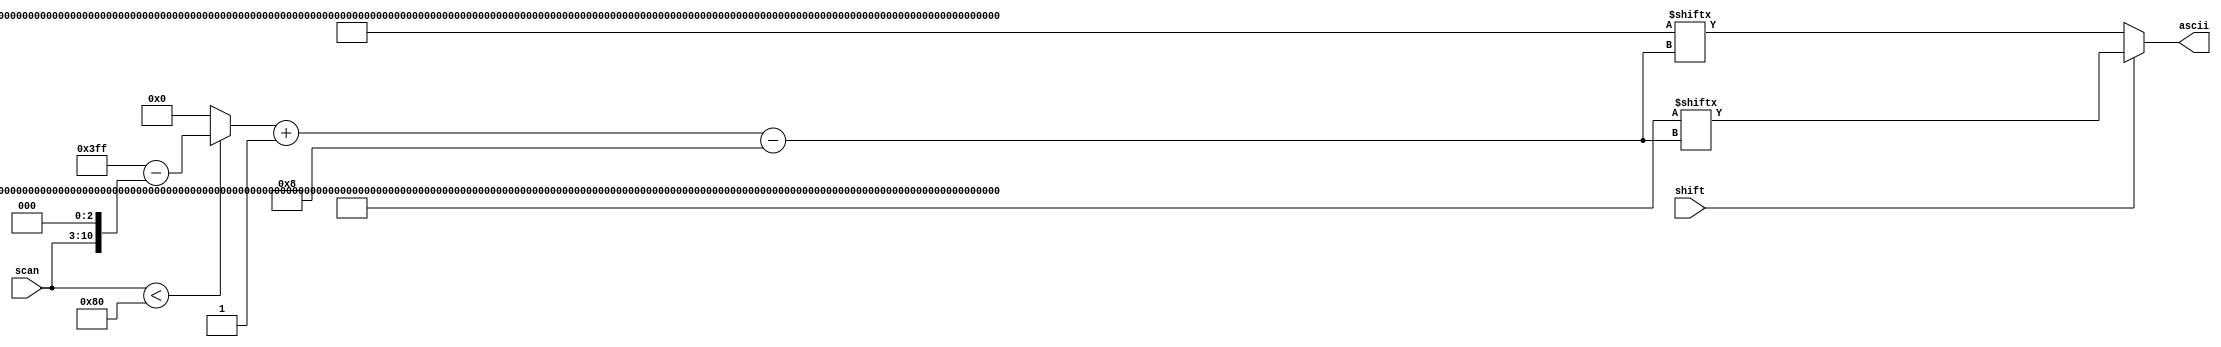
module scan2ascii (
	input wire [7:0] scan,
	input wire shift,
	output wire [7:0] ascii
);

wire [1024:0] sem_shift;
wire [1024:0] com_shift;

wire  [10:0] indice = scan < 8'h80 ? 11'd1023 - (scan << 3) : 11'b0;

assign ascii = shift ? com_shift[ indice -: 8 ] : sem_shift[ indice -: 8 ];


assign sem_shift = {
	8'h00, 8'h00, 8'h00, 8'h00, 8'h00, 8'h00, 8'h00, 8'h00, 8'h00, 8'h00, 8'h00, 8'h00, 8'h00, 8'h00, 8'h00, 8'h00, 
	8'h00, 8'h00, 8'h00, 8'h00, 8'h00, 8'h71, 8'h31, 8'h00, 8'h00, 8'h00, 8'h7a, 8'h73, 8'h61, 8'h77, 8'h32, 8'h00,  
	8'h00, 8'h63, 8'h78, 8'h64, 8'h65, 8'h34, 8'h33, 8'h00, 8'h00, 8'h20, 8'h76, 8'h66, 8'h74, 8'h72, 8'h35, 8'h00, 
	8'h00, 8'h6e, 8'h62, 8'h68, 8'h67, 8'h79, 8'h36, 8'h00, 8'h00, 8'h00, 8'h6d, 8'h6a, 8'h75, 8'h37, 8'h38, 8'h00, 
	8'h00, 8'h2c, 8'h6b, 8'h69, 8'h6f, 8'h30, 8'h39, 8'h00, 8'h00, 8'h2e, 8'h2f, 8'h6c, 8'h3b, 8'h70, 8'h2d, 8'h00,  
	8'h00, 8'h00, 8'h27, 8'h00, 8'h00, 8'h3d, 8'h00, 8'h00, 8'h00, 8'h00, 8'h0A, 8'h5b, 8'h00, 8'h5d, 8'h00, 8'h00, 
	8'h00, 8'h00, 8'h00, 8'h00, 8'h00, 8'h00, 8'h00, 8'h00, 8'h00, 8'h31, 8'h00, 8'h34, 8'h37, 8'h00, 8'h00, 8'h00,  
	8'h30, 8'h2e, 8'h32, 8'h35, 8'h36, 8'h38, 8'h00, 8'h00, 8'h00, 8'h2b, 8'h33, 8'h2d, 8'h2a, 8'h39, 8'h00, 8'h00
	};
	
assign com_shift = {
   8'h00, 8'h00, 8'h00, 8'h00, 8'h00, 8'h00, 8'h00, 8'h00, 8'h00, 8'h00, 8'h00, 8'h00, 8'h00, 8'h00, 8'h00, 8'h00, 
	8'h00, 8'h00, 8'h00, 8'h00, 8'h00, 8'h51, 8'h21, 8'h00, 8'h00, 8'h00, 8'h5a, 8'h53, 8'h41, 8'h57, 8'h40, 8'h00, 
	8'h00, 8'h43, 8'h58, 8'h44, 8'h45, 8'h24, 8'h23, 8'h00, 8'h00, 8'h00, 8'h56, 8'h46, 8'h54, 8'h52, 8'h25, 8'h00, 
	8'h00, 8'h4e, 8'h42, 8'h48, 8'h47, 8'h59, 8'h5e, 8'h00, 8'h00, 8'h00, 8'h4d, 8'h4a, 8'h55, 8'h26, 8'h2a, 8'h00, 
	8'h00, 8'h3c, 8'h4b, 8'h49, 8'h4f, 8'h29, 8'h28, 8'h00, 8'h00, 8'h3e, 8'h3f, 8'h4c, 8'h3a, 8'h50, 8'h5f, 8'h00, 
	8'h00, 8'h00, 8'h22, 8'h00, 8'h00, 8'h2b, 8'h00, 8'h00, 8'h00, 8'h00, 8'h00, 8'h7b, 8'h00, 8'h7d, 8'h00, 8'h00, 
	8'h00, 8'h00, 8'h00, 8'h00, 8'h00, 8'h00, 8'h00, 8'h00, 8'h00, 8'h00, 8'h00, 8'h00, 8'h00, 8'h00, 8'h00, 8'h00, 
	8'h00, 8'h00, 8'h00, 8'h00, 8'h00, 8'h00, 8'h00, 8'h00, 8'h00, 8'h00, 8'h00, 8'h00, 8'h00, 8'h00, 8'h00, 8'h00	
	};


endmodule